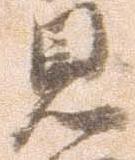
見